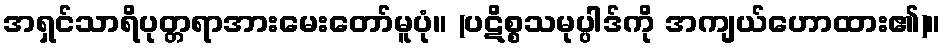
အရှင်သာရိပုတ္တရာအားမေးတော်မူပုံ။ (ပဋိစ္စသမုပ္ပါဒ်ကို အကျယ်ဟောထား၏)။